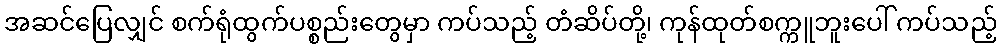
အဆင်ပြေလျှင် စက်ရုံထွက်ပစ္စည်းတွေမှာ ကပ်သည့် တံဆိပ်တို့၊ ကုန်ထုတ်စက္ကူဘူးပေါ် ကပ်သည့်